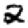
Digit: 2